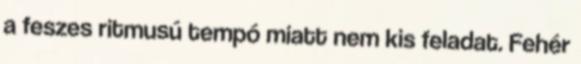
a feszes ritmusú tempó miatt nem kis feladat. Fehér